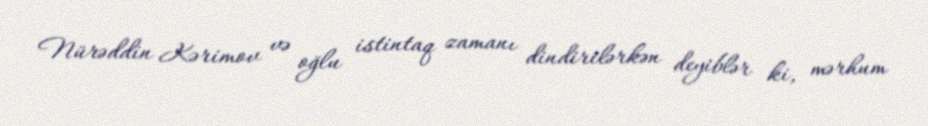
Nürəddin Kərimov və oğlu istintaq zamanı dindirilərkən deyiblər ki, mərhum